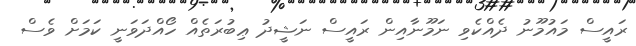
ރައީސް މައުމޫނު ދެއްކެވި ނަމޫނާއިން ރައީސް ނަޝީދު ޢިބުރަތެއް ހޯއްދަވަނީ ކަމަށް ވެސް